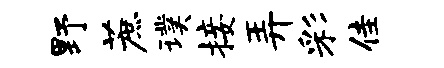
野蔗璞接弄彩佳